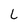
Character: L